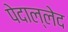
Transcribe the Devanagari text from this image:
पेदाल्लेद